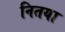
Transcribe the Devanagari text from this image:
नितया